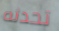
تحدثه